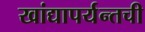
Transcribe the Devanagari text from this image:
खांद्यापर्यन्तची